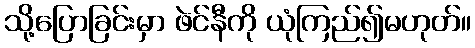
သို့ပြောခြင်းမှာ ဖဲင်နီကို ယုံကြည်၍မဟုတ်။